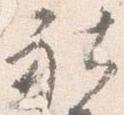
社